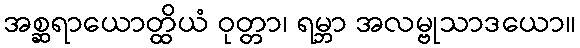
အစ္ဆရာယောတ္ထိယံ ဝုတ္တာ၊ ရမ္ဘာ အလမ္ဗုသာဒယော။